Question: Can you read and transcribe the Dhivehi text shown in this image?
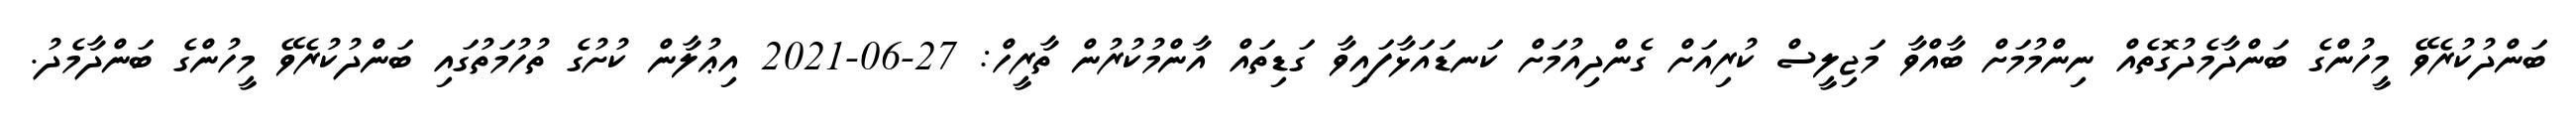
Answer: ބަންދުކުރެވޭ މީހުންގެ ބަންދާމެދުގޮތެއް ނިންމުމަށް ބާއްވާ މަޖިލީސް ކުރިއަށް ގެންދިއުމަށް ކަނޑައަޅާފައިވާ ގަޑިތައް އާންމުކުރުން ތާރީހް: 27-06-2021 އިޢުލާން ކުށުގެ ތުހުމަތުގައި ބަންދުކުރެވޭ މީހުންގެ ބަންދާމެދު.